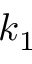
k _ { 1 }